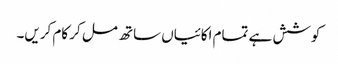
کوشش ہے تمام اکائیاں ساتھ مل کر کام کریں۔